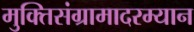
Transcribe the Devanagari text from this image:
मुक्तिसंग्रामादरम्यान